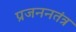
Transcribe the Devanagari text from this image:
प्रजननतंत्र